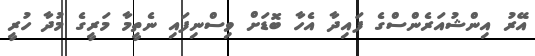
އޭރު އިންޝުއަރެންސްގެ ފައިދާ އެހާ ބޮޑަށް ވިސްނިފައި ނެތީމާ މަރީގެ މުދާ ހުރީ